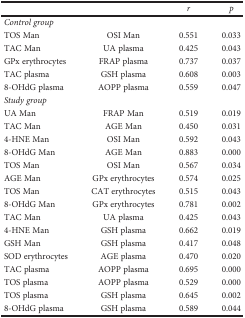
|  |  | r | p |
 | --- | --- | --- | --- |
 | <COLSPAN=4> Control group |
 | TOS Man | OSI Man | 0.551 | 0.033 |
 | TAC Man | UA plasma | 0.425 | 0.043 |
 | GPx erythrocytes | FRAP plasma | 0.737 | 0.037 |
 | TAC plasma | GSH plasma | 0.608 | 0.003 |
 | 8-OHdG plasma | AOPP plasma | 0.559 | 0.047 |
 | <COLSPAN=4> Study group |
 | UA Man | FRAP Man | 0.519 | 0.019 |
 | TAC Man | AGE Man | 0.450 | 0.031 |
 | 4-HNE Man | OSI Man | 0.592 | 0.043 |
 | 8-OHdG Man | AGE Man | 0.883 | 0.000 |
 | TOS Man | OSI Man | 0.567 | 0.034 |
 | AGE Man | GPx erythrocytes | 0.574 | 0.025 |
 | TOS Man | CAT erythrocytes | 0.515 | 0.043 |
 | 8-OHdG Man | GPx erythrocytes | 0.781 | 0.002 |
 | TAC Man | UA plasma | 0.425 | 0.043 |
 | 4-HNE Man | GSH plasma | 0.662 | 0.019 |
 | GSH Man | GSH plasma | 0.417 | 0.048 |
 | SOD erythrocytes | AGE plasma | 0.470 | 0.020 |
 | TAC plasma | AOPP plasma | 0.695 | 0.000 |
 | TOS plasma | AOPP plasma | 0.529 | 0.000 |
 | TOS plasma | GSH plasma | 0.645 | 0.002 |
 | 8-OHdG plasma | GSH plasma | 0.589 | 0.044 |